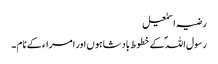
رضیہ اسمٰعیل
رسول اللہؐ کے خطوط بادشاہوں اور امراء کے نام ۔